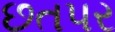
છતપર